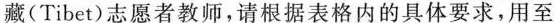
藏(Tibet)志愿者教师，请根据表格内的具体要求，用至